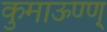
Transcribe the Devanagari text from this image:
कुमाऊण्ण्